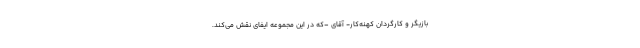
بازیگر و کارگردان کهنه‌کار- آقای –که در این مجموعه ایفای نقش می‌کند.